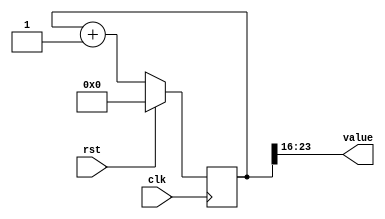
/*
   This file was generated automatically by the Mojo IDE version B1.3.6.
   Do not edit this file directly. Instead edit the original Lucid source.
   This is a temporary file and any changes made to it will be destroyed.
*/

/*
   Parameters:
     SIZE = 8
     DIV = 16
     TOP = 0
     UP = 1
*/
module counter_2 (
    input clk,
    input rst,
    output reg [7:0] value
  );
  
  localparam SIZE = 4'h8;
  localparam DIV = 5'h10;
  localparam TOP = 1'h0;
  localparam UP = 1'h1;
  
  
  reg [23:0] M_ctr_d, M_ctr_q = 1'h0;
  
  localparam MAX_VALUE = 17'h0ffff;
  
  always @* begin
    M_ctr_d = M_ctr_q;
    
    value = M_ctr_q[16+7-:8];
    if (1'h1) begin
      M_ctr_d = M_ctr_q + 1'h1;
      if (1'h0 && M_ctr_q == 17'h0ffff) begin
        M_ctr_d = 1'h0;
      end
    end else begin
      M_ctr_d = M_ctr_q - 1'h1;
      if (1'h0 && M_ctr_q == 1'h0) begin
        M_ctr_d = 17'h0ffff;
      end
    end
  end
  
  always @(posedge clk) begin
    if (rst == 1'b1) begin
      M_ctr_q <= 1'h0;
    end else begin
      M_ctr_q <= M_ctr_d;
    end
  end
  
endmodule